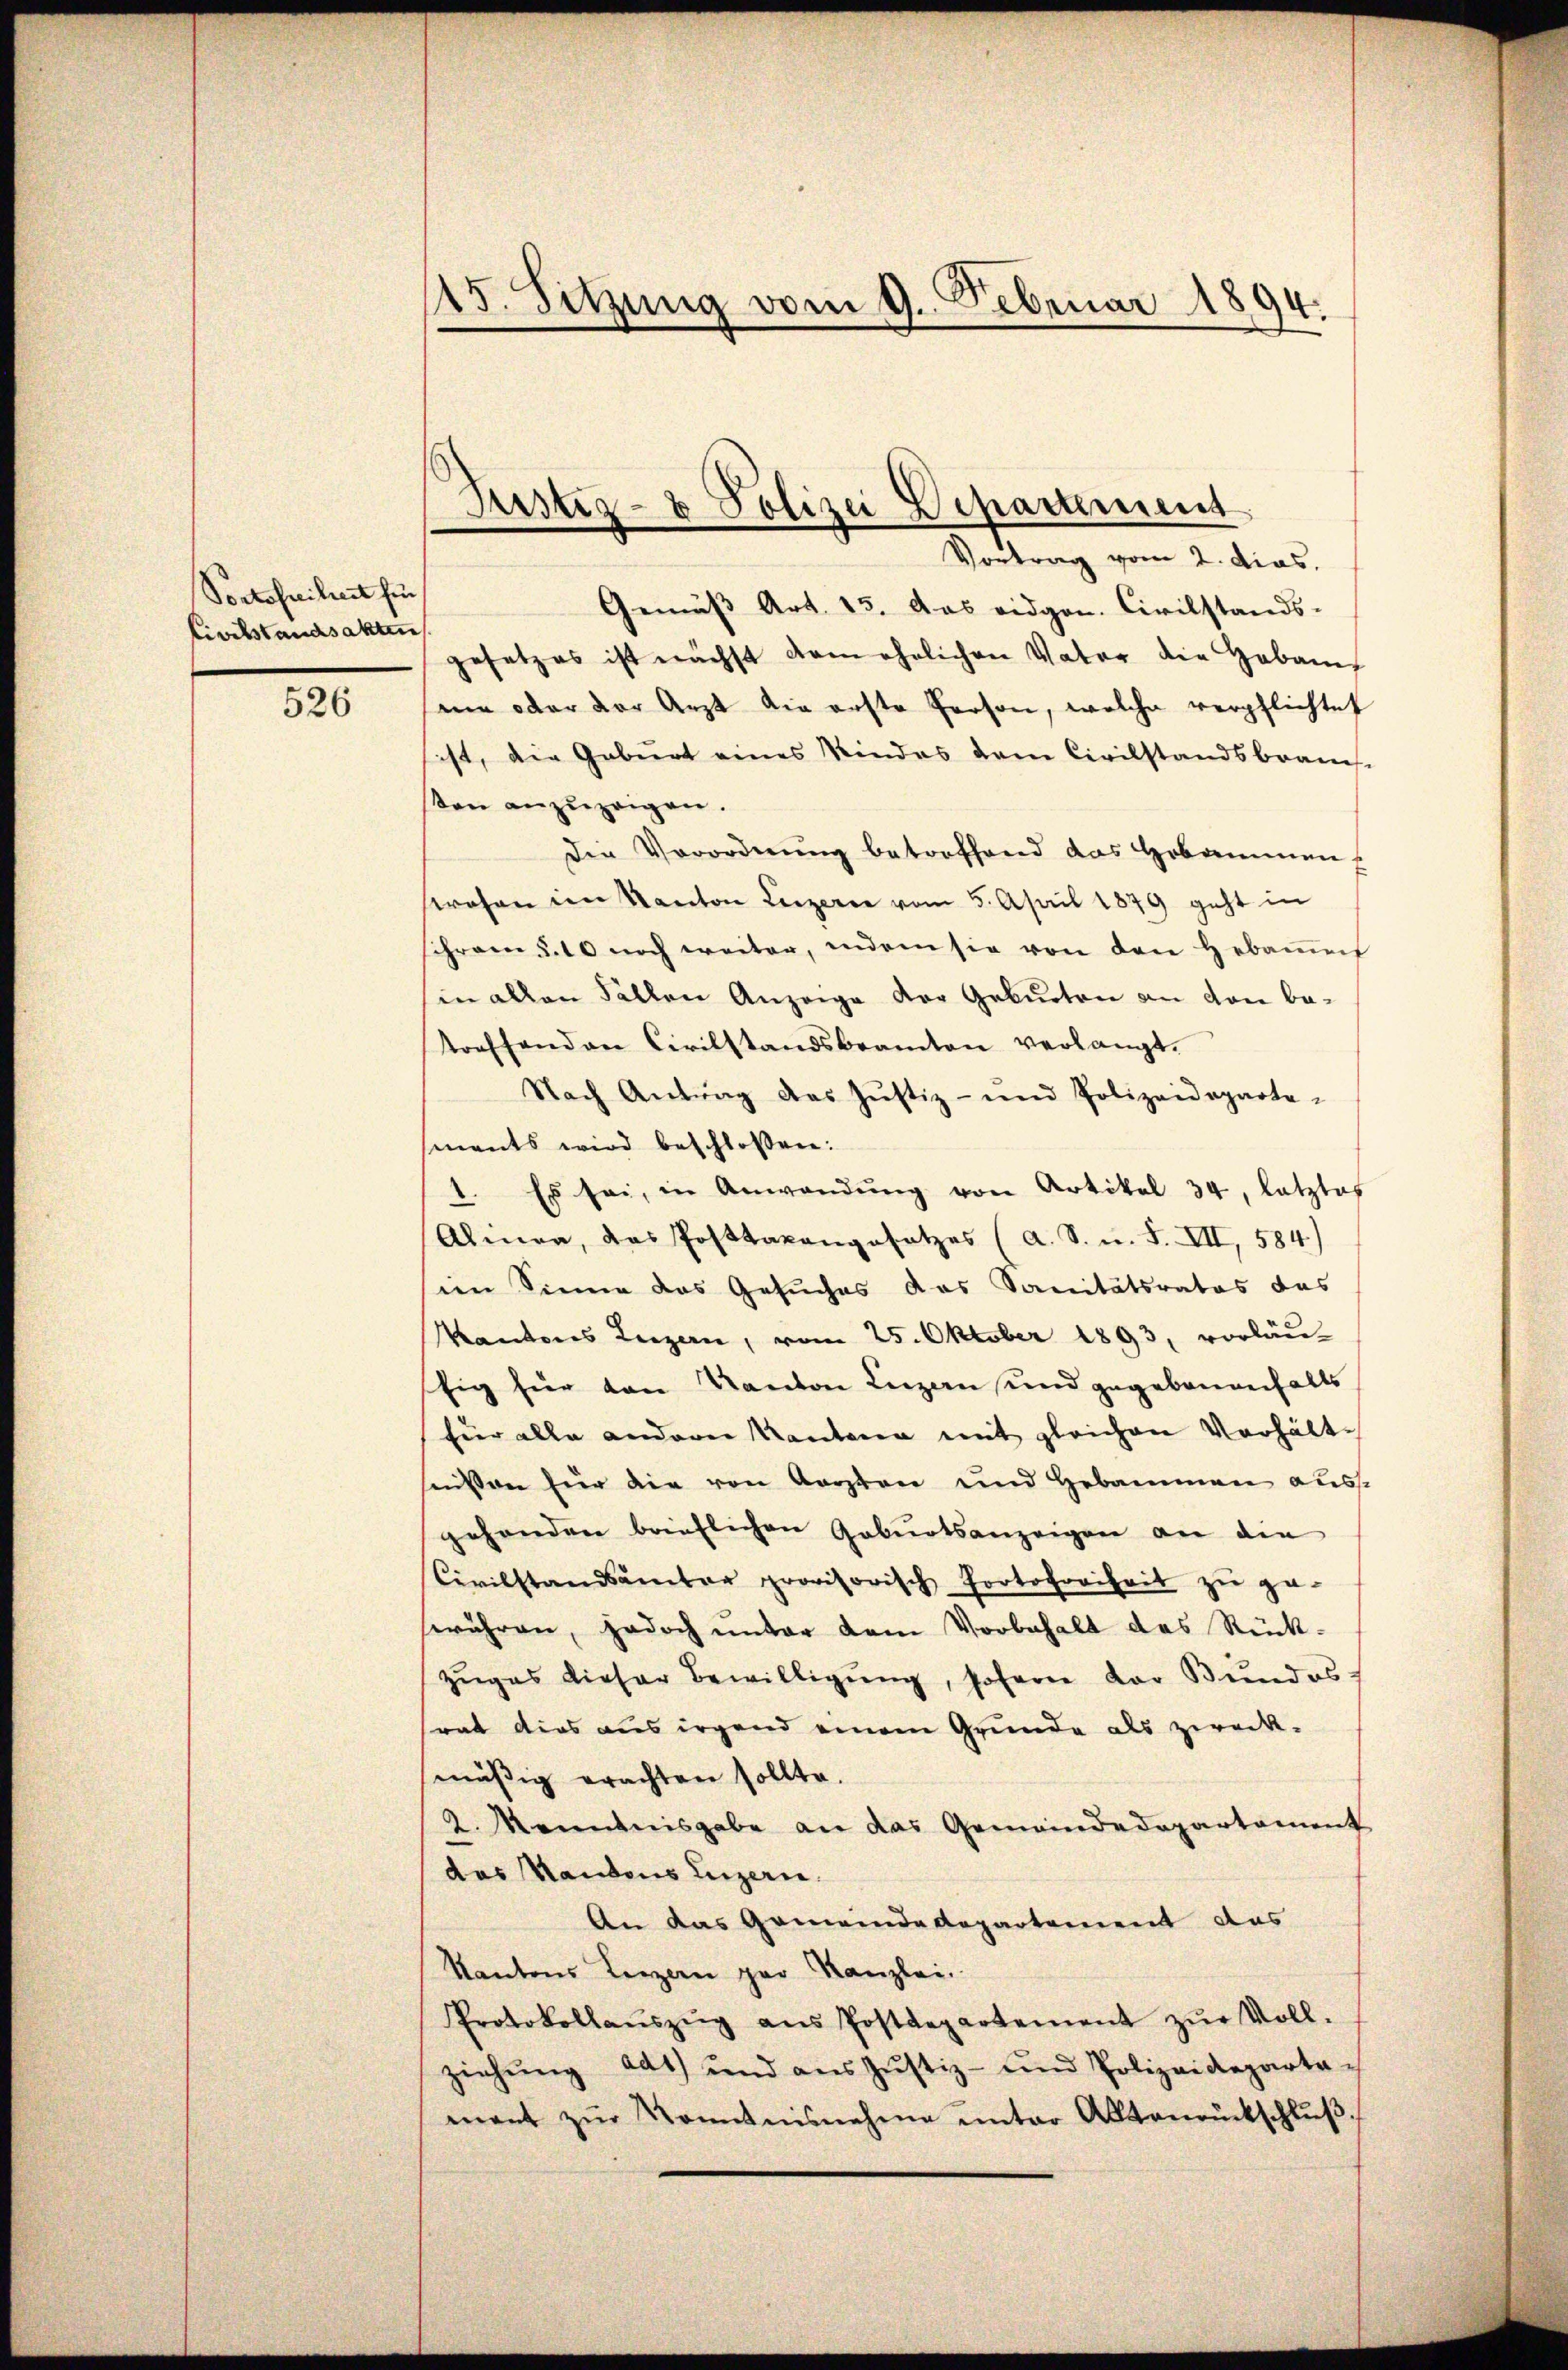
Portsfreiheit für
Civilstandsakten

526

145. Sitzung vom 9. Februar 1894.

Justiz- & Polizei Departement
Vortrag vom 2. dies.

Gemäβ Art. 15. Das eidgen. Civilstands-
gesetzes ist nächst dem ehrlichen Vater die Hebam
me oder der Arzt die erste Person, welche verpflichtet
ist, die Gebiet eines Kindes dem Civilstandsbrauc
sen anzuzeigen.
Die Verordnung betreffend das Hebammen
swesen im Kanton Luzern vom 5. April 1879 geht in
ihrem §. 10 noch weiter, indem sie von den Hebaṁen
in allen Fällen Anzeige der Geburten an von betreffenden Civilstandsbeamten verlangt.
Nach Antrag des Jŭstiz- und Polizeideparte-
ments wird beschloßen:
1. Es sei, in Anwendŭng von Artikel 34, letztes
Alinea, das Posttaxangesetzes (a. S. u. F. VII, 584)
im Sinne das Gesuches das Sanitätsrates das
Kantons Luzern, vom 25. Oktober 1893, vorläu-
fig hier von Kanton Leizen und gegebenenfalls
für alle andern Kantona mit gleichen Verhält-
seisten für die von Aegern und Hebammen ausgehenden brieflichen Geburtsanzeigen an die
Civilstandsamter provisorisch Protofreiheit zŭ ge-
währen, jedoch unter dem Vorbehalt des Rück-
zŭges dieser Bewilligŭng, soferne der Bundes:
srat dies aus irgend einem Grunde als zweck-
mäßig erachten sollte.
2. Manntnisgabe an das Gemeindedepartament
das Kantons Luzern.
An das Gemeinde Departement des
Kantons Kerzen par Kanzlei.
Protokollaŭszŭg ans Postdepartement zŭr Voll-
ziehŭng ad1) und aŭs Jŭstiz- und Polizeideparta-
mant zŭr Kenntnisnehme unter Aktenrückschlŭβ